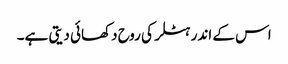
اس کے اندر ہٹلر کی روح دکھائی دیتی ہے۔